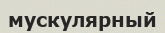
мускулярный